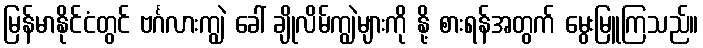
မြန်မာနိုင်ငံတွင် ဗင်္ဂလားကျွဲ ခေါ် ချိုလိမ်ကျွဲများကို နို့ စားရန်အတွက် မွေးမြူကြသည်။